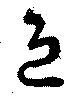
退